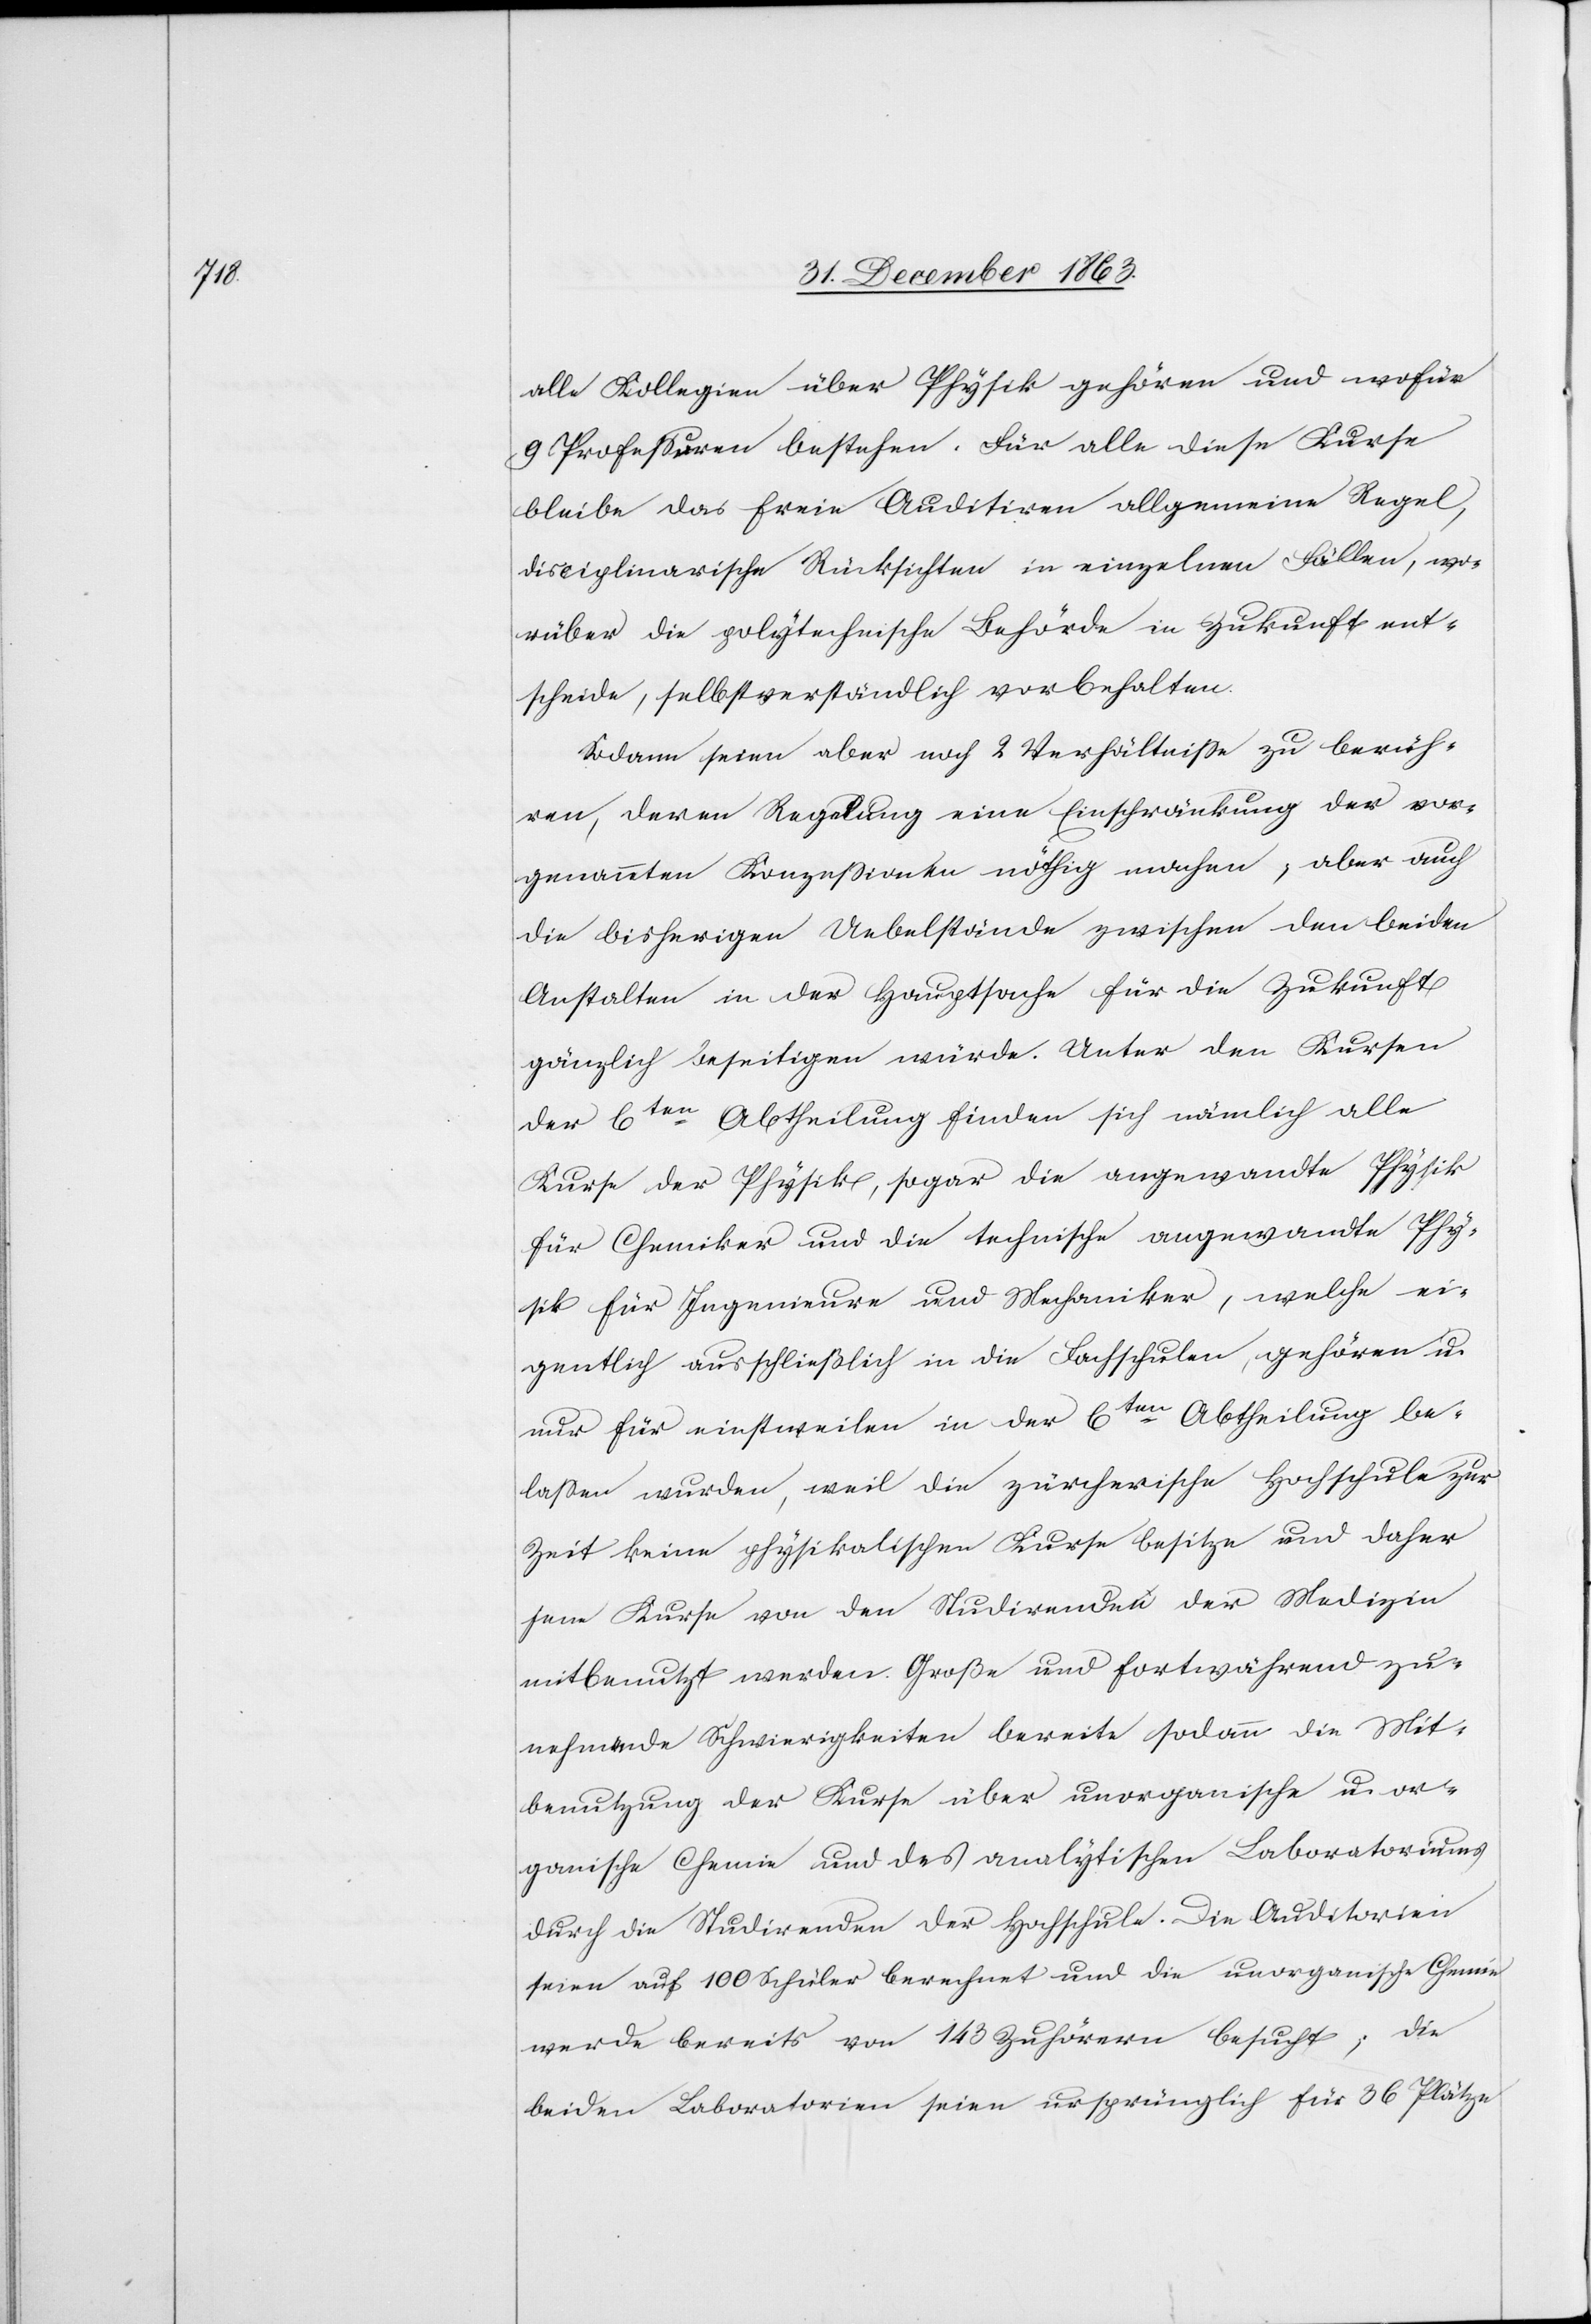
alle Kollegien über Physik gehören und wofür
9 Professuren bestehen. Für alle diese Kurse
bleibe das freie Auditiren allgemein Regel,
disciplinarische Rücksichten in einzelnen Fällen, wo¬
rüber die polytechnische Behörde in Zukunft ent¬
scheide, selbstverständlich vorbehalten.
Sodann seien aber noch 2 Verhältnisse zu berüh¬
ren, deren Regelung eine Einschränkung der vor¬
genannten Konzessionen nöthig machen; aber auch
die bisherigen Uebelstände zwischen den beiden
Anstalten in der Hauptsache für die Zukunft
gänzlich beseitigen würde. Unter den Kursen
der 6ten Abtheilung finden sich nämlich alle
Kurse der Physik, sogar die angewandte Physik
für Chemiker und die technische angewandte Phy¬
sik für Ingenieure und Mechaniker, welche ei¬
gentlich ausschließlich in die Fachschulen, gehören u.
nur für einstweilen in der 6ten Abtheilung be¬
lassen wurden, weil die zürcherische Hochschule zur
Zeit keine physikalischen Kurse besitze und daher
jene Kurse von den Studirenden der Medizin
mitbenutzt werden. Große und fortwährend zu¬
nehmende Schwierigkeiten bereite sodann die Mit¬
benutzung der Kurse über unorganische u. or¬
ganische Chemie und des analytischen Laboratoriums
durch die Studirenden der Hochschule. Die Auditorien
seien auf 100 Schüler berechnet und die unorganische Chemie
werde bereits von 143 Zuhörern besucht; die
beiden Laboratorien seien ursprünglich für 36 Plätze